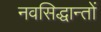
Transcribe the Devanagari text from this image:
नवसिद्धान्तों